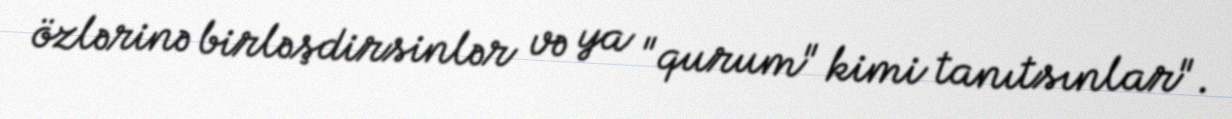
özlərinə birləşdirsinlər və ya "qurum" kimi tanıtsınlar".